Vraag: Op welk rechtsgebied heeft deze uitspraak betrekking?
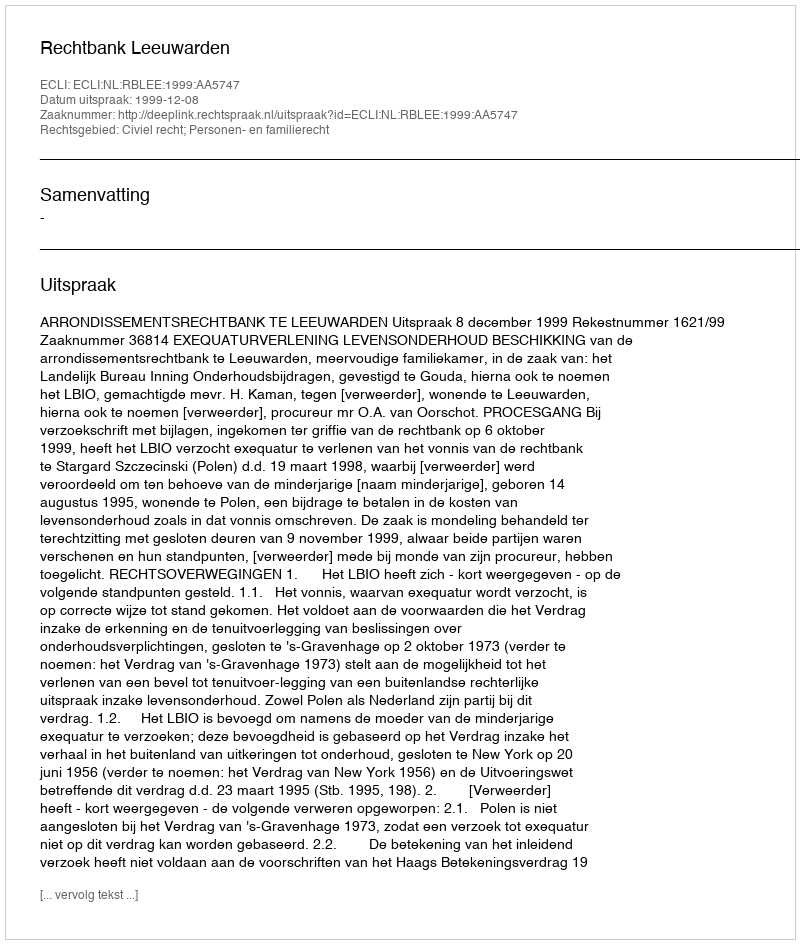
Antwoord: Civiel recht; Personen- en familierecht